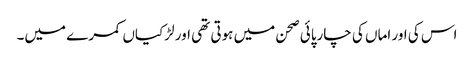
اس کی اور اماں کی چارپائی صحن میں ہوتی تھی اور لڑکیاں کمرے میں۔